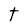
Character: t